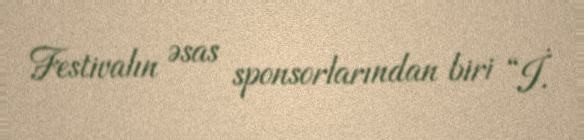
Festivalın əsas sponsorlarından biri “İ.